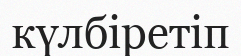
күлбіретіп